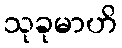
သုခုမာဟိ